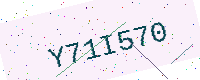
Text: Y71I570